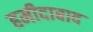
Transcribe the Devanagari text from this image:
हमीदाबाद